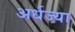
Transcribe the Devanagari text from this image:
अर्धज्या